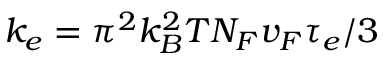
k _ { e } = { \pi } ^ { 2 } k _ { B } ^ { 2 } T N _ { F } v _ { F } { \tau } _ { e } / 3